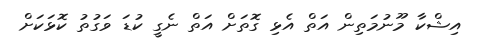
އިޝްކާ މޫނުމަތިން އަތް އެޅި ގޮތަށް އަތް ނެގީ ކުޑަ ވަގުތު ކޮޅަކަށް